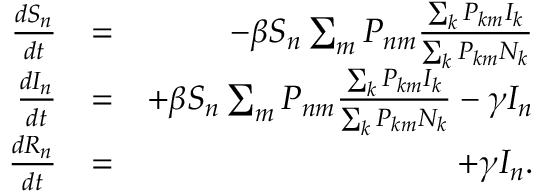
\begin{array} { r l r } { \frac { d S _ { n } } { d t } } & { = } & { - \beta S _ { n } \sum _ { m } P _ { n m } \frac { \sum _ { k } P _ { k m } I _ { k } } { \sum _ { k } P _ { k m } N _ { k } } } \\ { \frac { d I _ { n } } { d t } } & { = } & { + \beta S _ { n } \sum _ { m } P _ { n m } \frac { \sum _ { k } P _ { k m } I _ { k } } { \sum _ { k } P _ { k m } N _ { k } } - \gamma I _ { n } } \\ { \frac { d R _ { n } } { d t } } & { = } & { + \gamma I _ { n } . } \end{array}